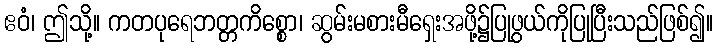
ဧဝံ၊ ဤသို့။ ကတပုရေဘတ္တကိစ္စော၊ ဆွမ်းမစားမီရှေးအဖို့၌ပြုဖွယ်ကိုပြုပြီးသည်ဖြစ်၍။